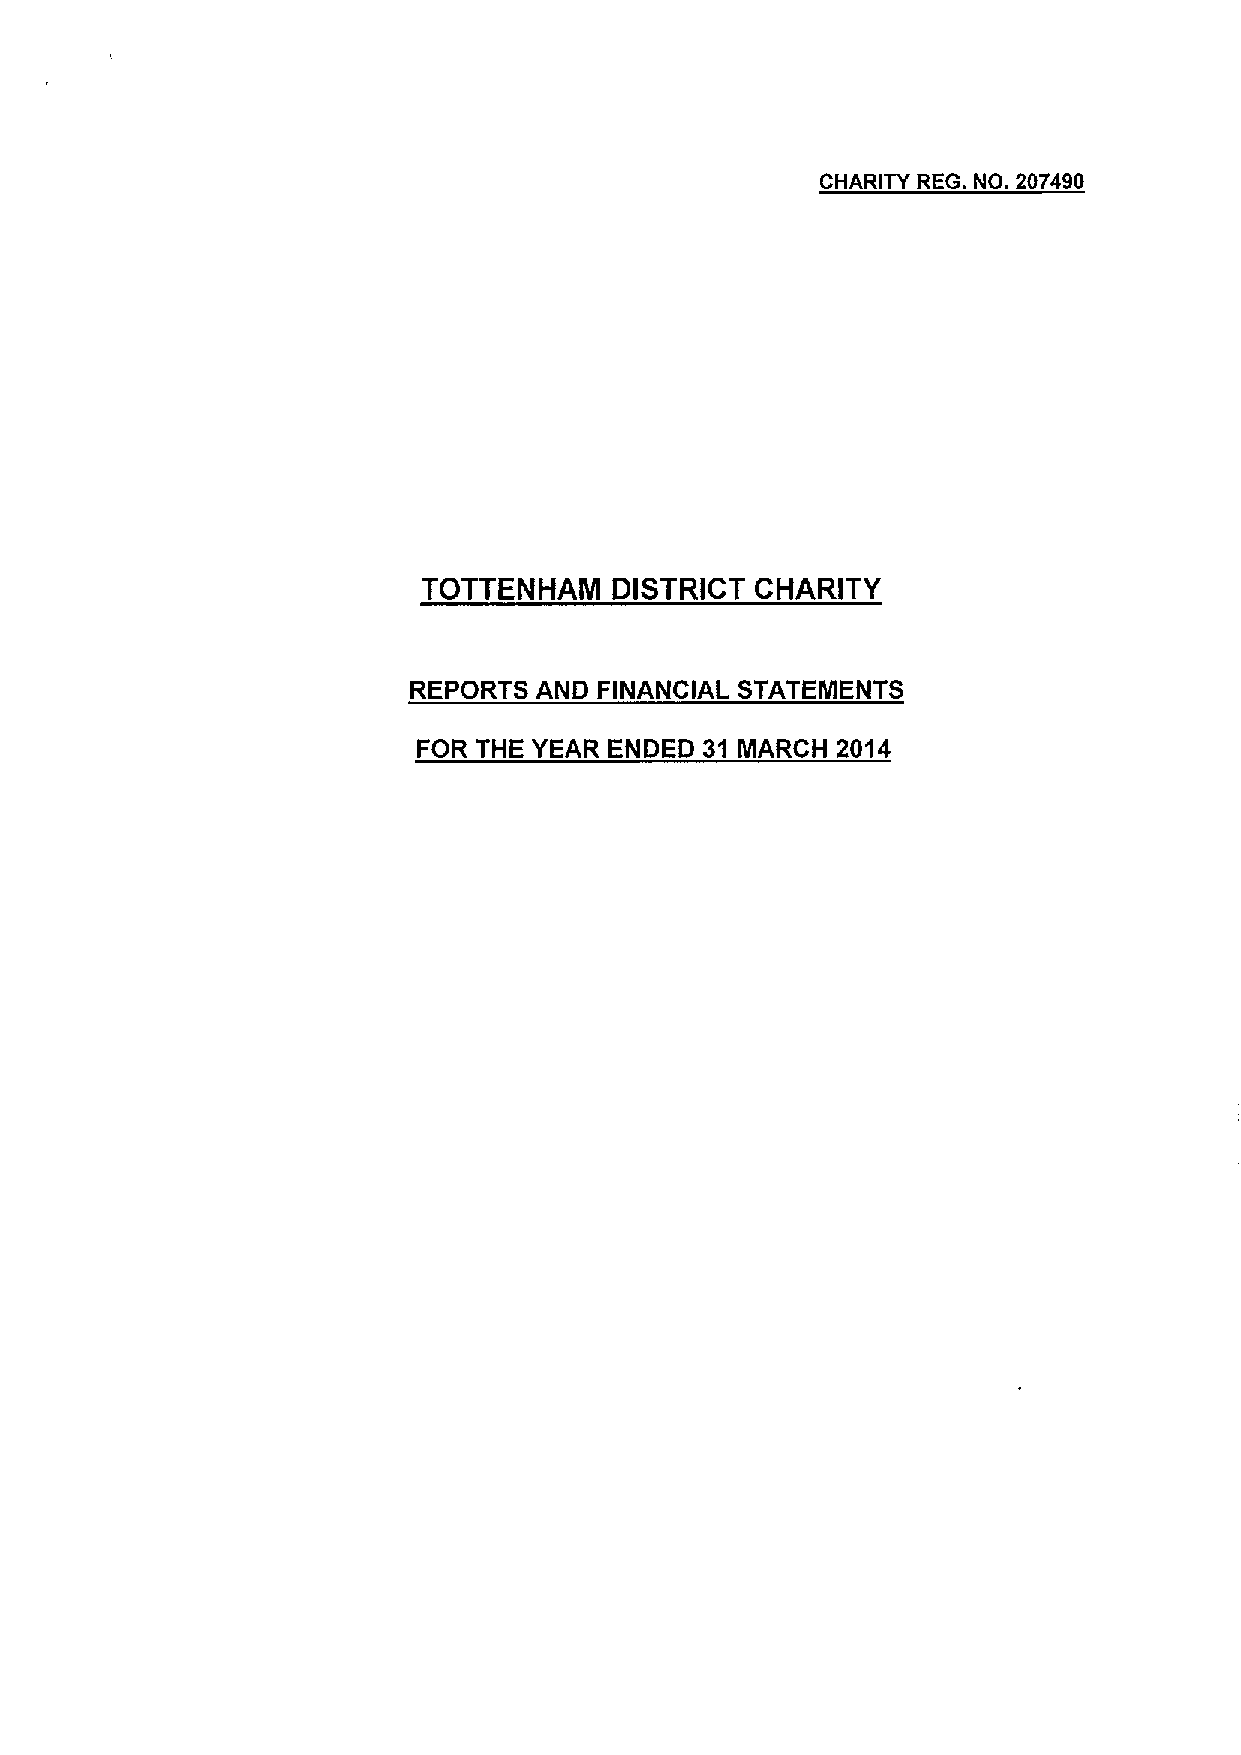
CHARITY REG. NO. 207490
 TOTTENHAM    DISTRICT CHARITY
 REPORTS AND  FINANCIAL STATEMENTS
 FOR THE YEAR ENDED 31 MARCH 2014